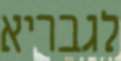
לגבריא